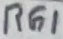
Text: R61